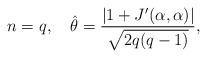
LaTeX: \begin{align*} n=q,\quad\hat\theta=\frac{|1+J'(\alpha,\alpha)|}{\sqrt{2q(q-1)}},\end{align*}